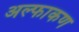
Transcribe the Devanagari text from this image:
अल्फाकण